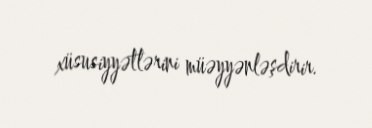
xüsusiyyətlərini müəyyənləşdirir.